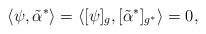
LaTeX: \begin{align*}\langle \psi, \tilde{\alpha}^* \rangle= \langle [\psi]_g , [\tilde{\alpha}^*]_{g^*} \rangle = 0 ,\end{align*}